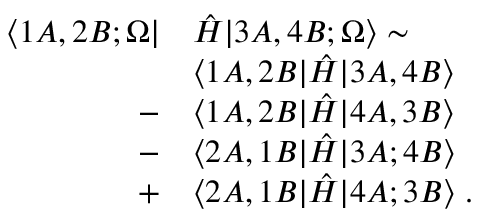
\begin{array} { r l } { \langle 1 A , 2 B ; \Omega | } & { \hat { H } | 3 A , 4 B ; \Omega \rangle \sim } \\ & { \langle 1 A , 2 B | \hat { H } | 3 A , 4 B \rangle } \\ { - } & { \langle 1 A , 2 B | \hat { H } | 4 A , 3 B \rangle } \\ { - } & { \langle 2 A , 1 B | \hat { H } | 3 A ; 4 B \rangle } \\ { + } & { \langle 2 A , 1 B | \hat { H } | 4 A ; 3 B \rangle \; . } \end{array}